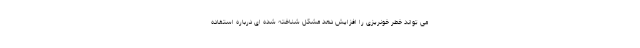
می تواند خطر خونریزی را افزایش دهد مشکل شناخته شده ای درباره استفاده